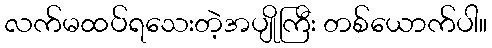
လက်မထပ်ရသေးတဲ့အပျိုကြီး တစ်ယောက်ပါ။